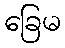
ခြေမ